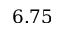
6 . 7 5